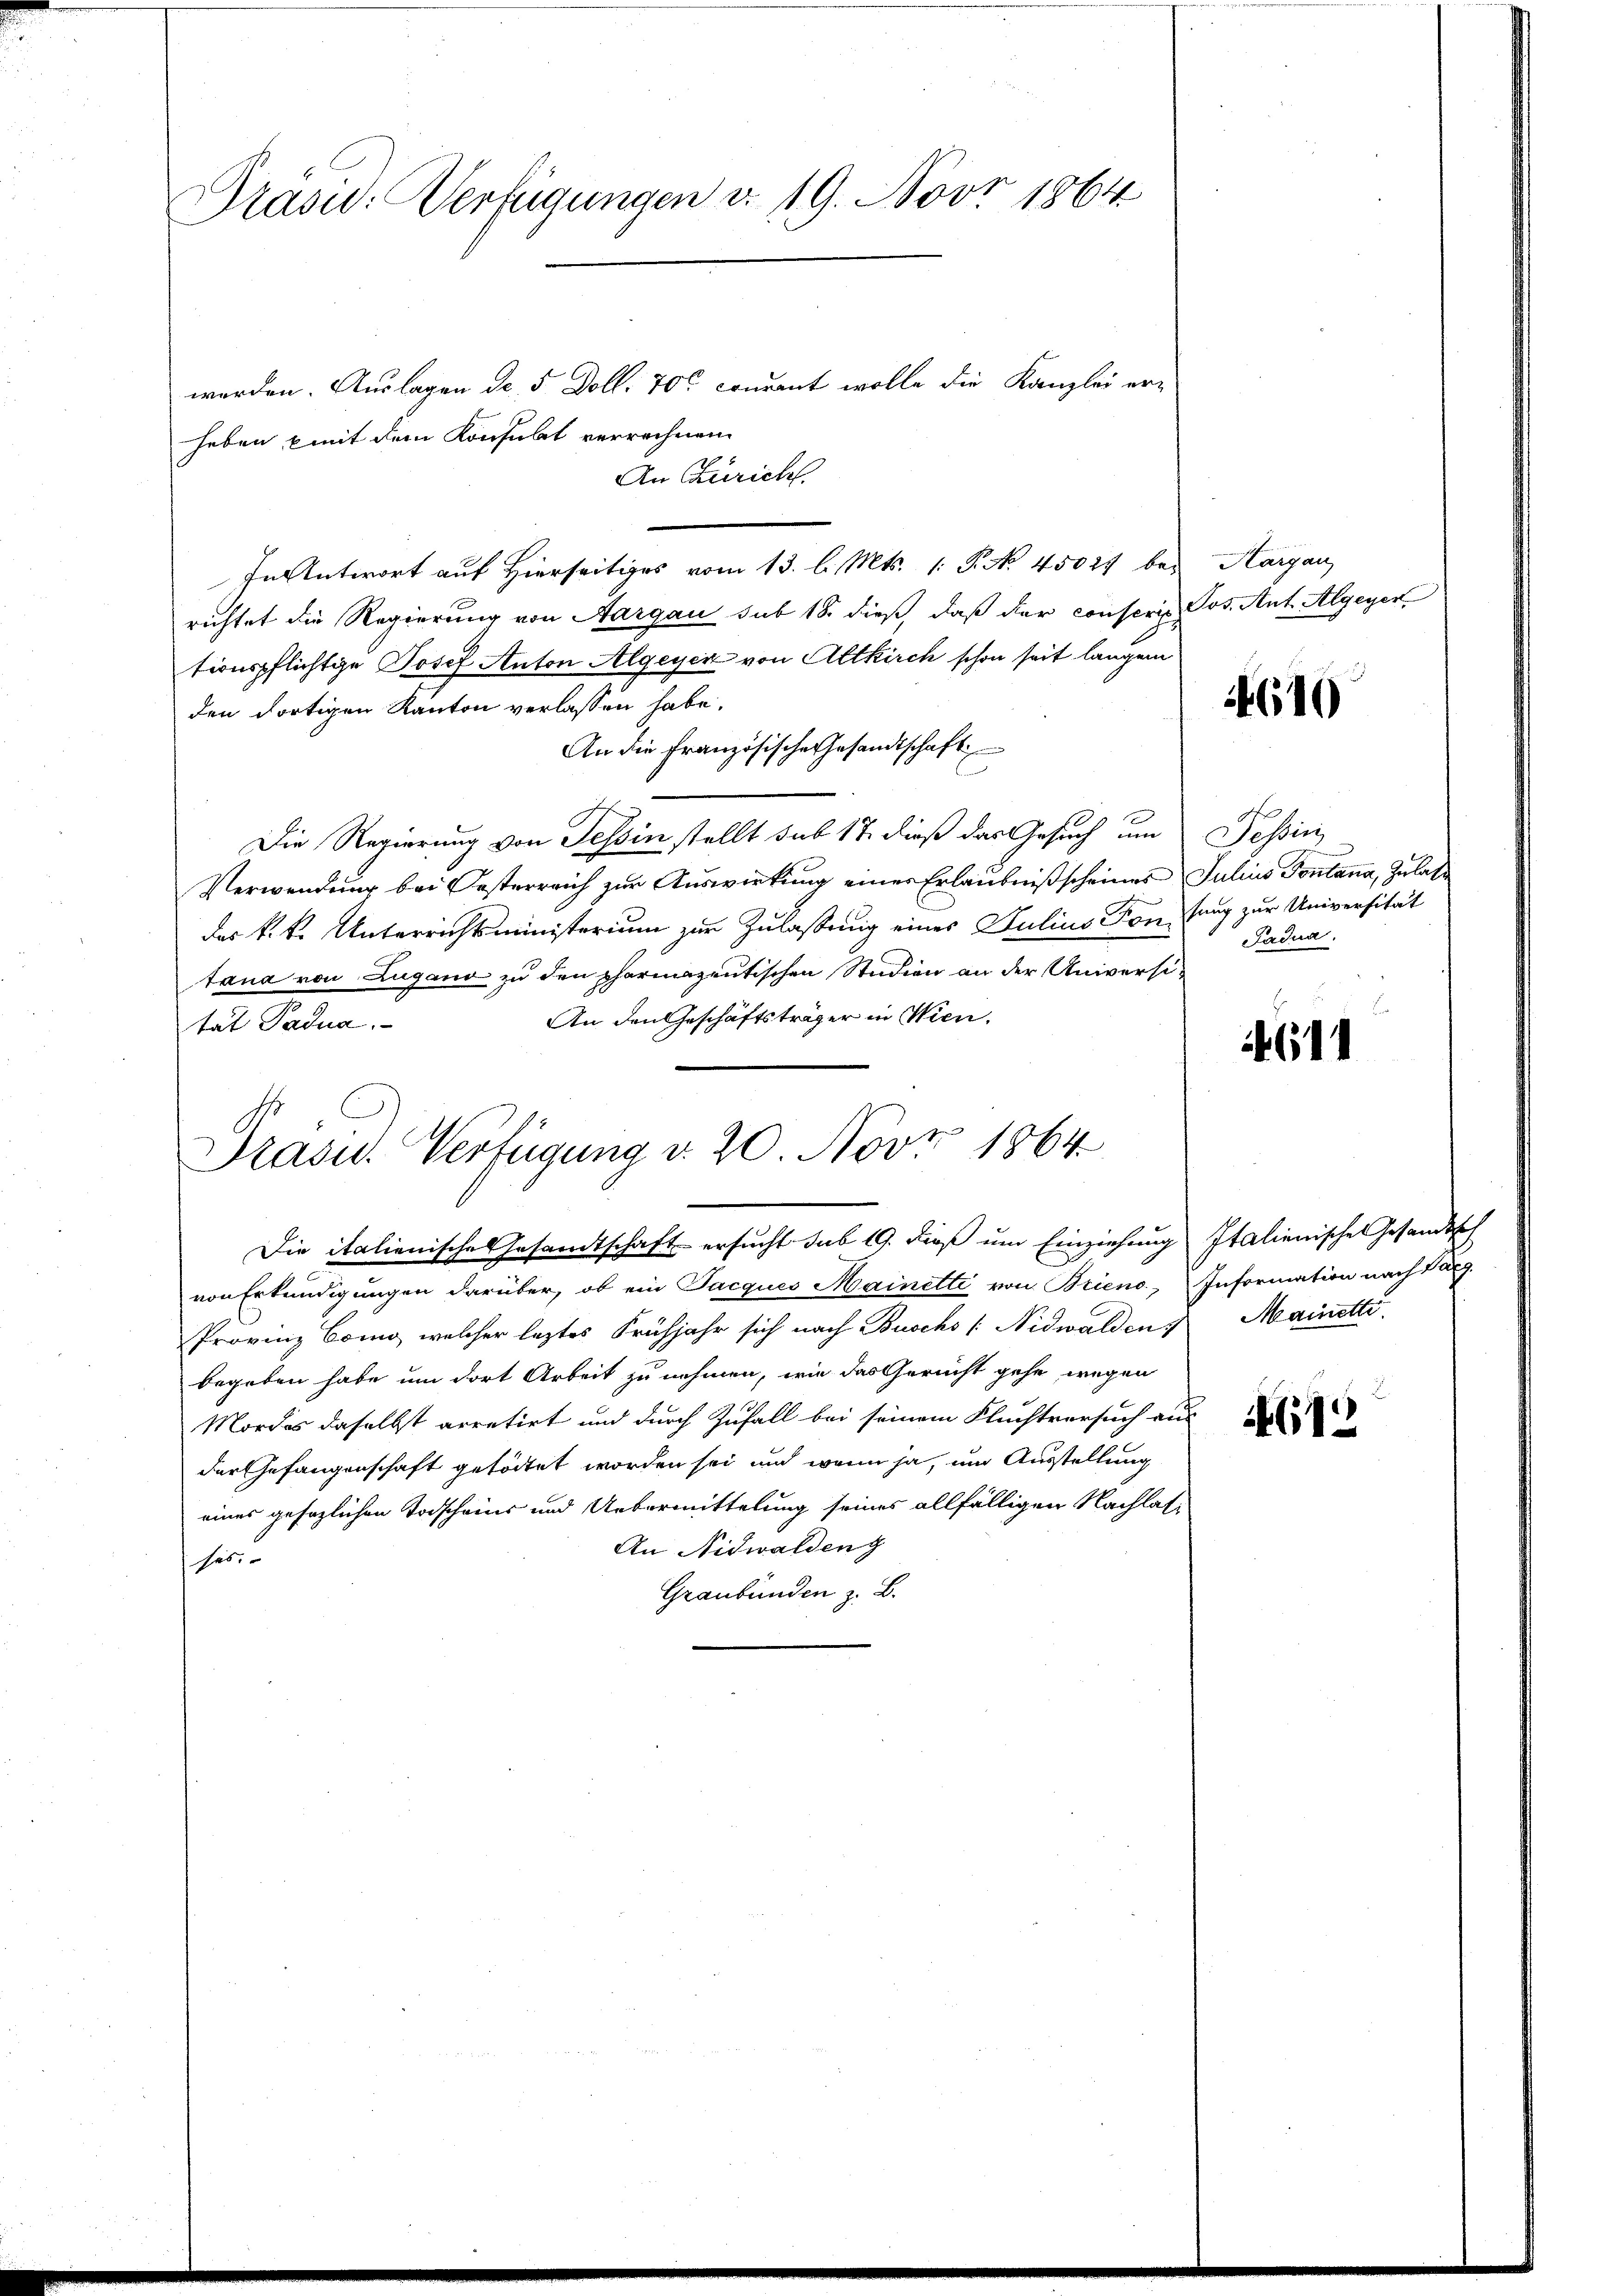
Präsid.: Verfügungen v. 19. Nov. 1864

worden. Auslagen d. 5 Doll. 70 condant wolle die Kanzlei er-
heben mit dem Konsulat verrechnen
An Züricht.
In Antwort auf Hierseitiges vom 13. l. Mts. 1. P. No. 45027 bei Aargau
richtet die Regierung von Aargau sub 18. dieß, daß der conserie Pos. Ant. Algegen
tionspflichtige Josef Anton Algeyer von Altkirch schon seit langen
den dortigen Kanton verlassen habe.
An die französische Gesandtschaft
Die Regierung von Tessin stellt sub 17 dieß das Gesuch um Tessin
Verwendung bei Oesterreich zur Auswirkung einer Erlaubniß scheines Julius Pontana, Zulas
das k. k. Unterrichtsministerium zur Zulassung eines Julius Fontang zur Universität
tana von Lugano zu den pharmazentischen Studien an der Universi¬
An den Geschäftsträger in Wien.
tat Padua

Präsid. Verfügung v. 20. Nov. 1864
Die italienische Gesandtschaft ersucht sub 19. dieß um Einziehung Italienisches Gesandtsch

von Erkundigungen darüber, ob ein Jacques Mainetti von Brieno, Information nach Parz
Provinz Como, welcher leztes Frühjahr sich nach Buschs /: Nidwalden Mainetti.
begeben habe um dort Arbeit zu nehmen, wie das Gericht gehe, wegen
Mordes daselbst arretirt und durch Zufall bei seinem Fluchtversuch aus
der Gefangenschaft getödtet worden sei und wenn ja, um Ausstellung
eines gesezlichen Todscheins und Uebermittelung seines allfälligen Nachlas¬
An Nidwalden
hes
Graubünden z. B.

14610

Padua.

611

9